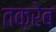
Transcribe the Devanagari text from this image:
तक़रेब